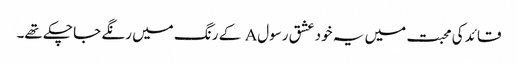
قائد کی محبت میں یہ خود عشق رسولA کے رنگ میں رنگے جا چکے تھے۔